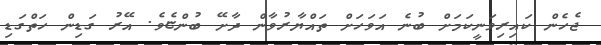
ޖެހެން ކައިރިވަނީކަމަށް ބުނެ އަވަހަށް ތައްޔާރުވާން ދާށޭ ބުންޏެވެ. އޭރު ގަޑިން ހަތްގަޑި